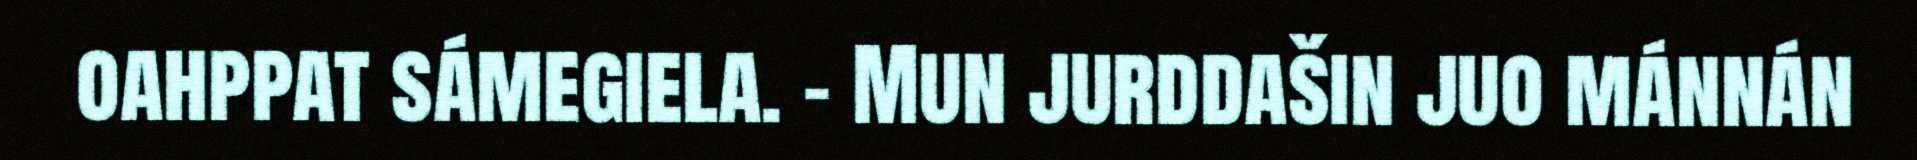
oahppat sámegiela. - Mun jurddašin juo mánnán